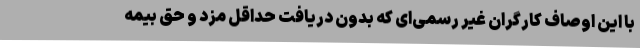
با این اوصاف کارگرانِ غیر رسمی‌ای که بدونِ دریافت حداقل مزد و حق بیمه